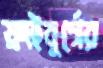
ফ্রাইবুর্গের